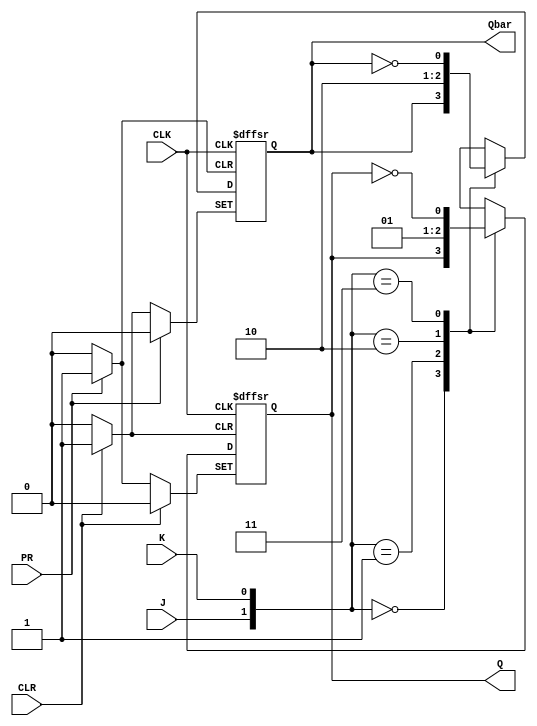
module JK_flip_flop (
    input J, // Input J
    input K, // Input K
    input CLK, // Clock input
    input CLR, // Clear input
    input PR, // Preset input
    output reg Q, // Output Q
    output reg Qbar // Output Q-bar
);

always @(posedge CLK or posedge CLR or posedge PR) begin
    if (CLR) begin
        Q <= 0;
        Qbar <= 1;
    end else if (PR) begin
        Q <= 1;
        Qbar <= 0;
    end else begin
        case ({J, K})
            2'b00: begin
                Q <= Q;
                Qbar <= Qbar;
            end
            2'b01: begin
                Q <= 0;
                Qbar <= 1;
            end
            2'b10: begin
                Q <= 1;
                Qbar <= 0;
            end
            2'b11: begin
                Q <= ~Q;
                Qbar <= ~Qbar;
            end
        endcase
    end
end

endmodule